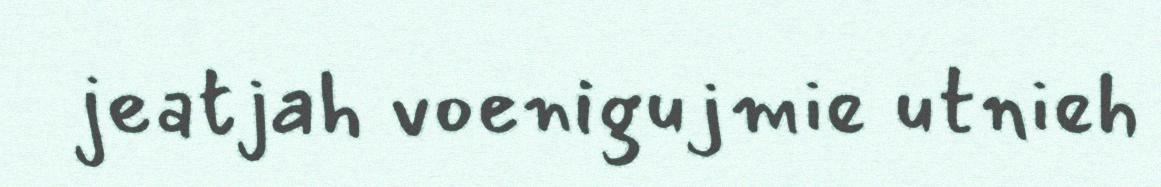
jeatjah voenigujmie utnieh